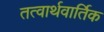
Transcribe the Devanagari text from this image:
तत्वार्थवार्तिक